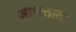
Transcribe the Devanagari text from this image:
आणतात।